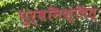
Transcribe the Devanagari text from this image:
पुर्वनिश्चित्